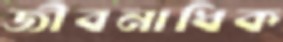
জীবনাধিক